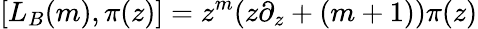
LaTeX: [L_{B}(m),\pi(z)]=z^{m}(z\partial_{z}+(m+1))\pi(z)